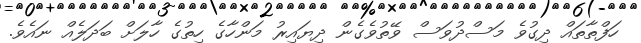
ހަފްތާތައް ދިގުވެ މަސްދުވަސް ވޭތުވެގެން ދިޔައިރު މަންހާގެ ހިތުގެ ހާލަށް ބަދަލެއް ނައެވެ.